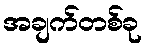
အချက်တစ်ခု